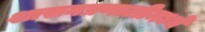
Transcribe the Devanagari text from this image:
शासनप्रणालीमध्ये